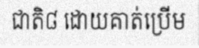
ជាតិ៨ ដោយគាត់ប្រើម